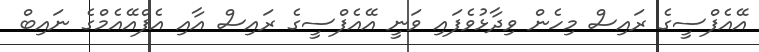
އޭއެފްސީގެ ރައިސް މިހެން ވިދާޅުވެފައި ވަނީ އޭއެފްސީގެ ރައިސް އާއި އެފްއޭއެމްގެ ނައިބް